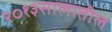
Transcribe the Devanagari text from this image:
२०१३सालातील